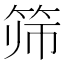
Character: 筛